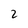
Character: 2